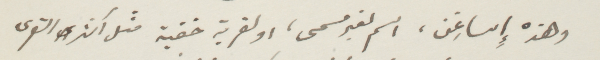
وهذه واساغن، اسم لغير مسمى، او لقرية خفية مثل أكثر القرى